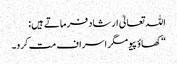
اللہ تعالیٰ ارشاد فرماتے ہیں:
“کھاؤ پیو مگر اسراف مت کرو۔